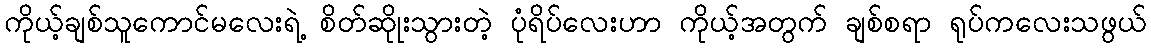
ကိုယ့်ချစ်သူကောင်မလေးရဲ့ စိတ်ဆိုုးသွားတဲ့ ပုံရိပ်လေးဟာ ကိုယ့်အတွက် ချစ်စရာ ရုပ်ကလေးသဖွယ်